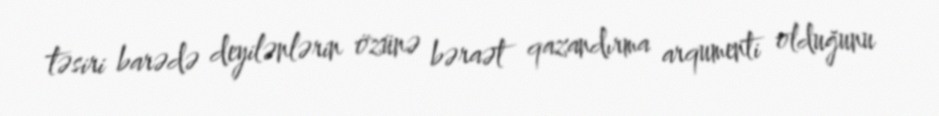
təsiri barədə deyilənlərin özünə bəraət qazandırma arqumenti olduğunu